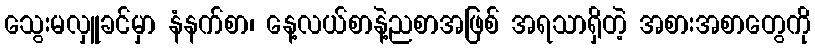
သွေးမလှူခင်မှာ နံနက်စာ၊ နေ့လယ်စာနဲ့ညစာအဖြစ် အရသာရှိတဲ့ အစားအစာတွေကို